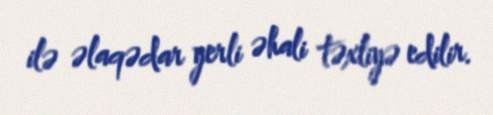
ilə əlaqədar yerli əhali təxliyə edilir.